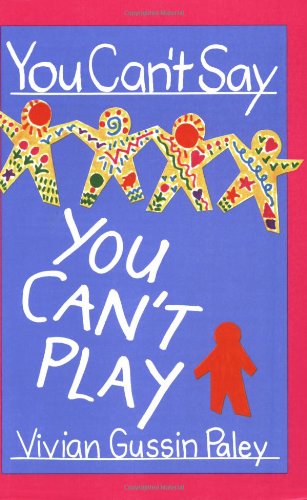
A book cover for You Can't Say You Can't Play; Vivian Gussin Paley; Teen & Young Adult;